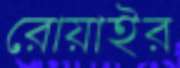
রোয়াইর